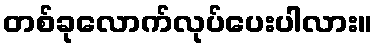
တစ်ခုလောက်လုပ်ပေးပါလား။